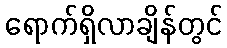
ရောက်ရှိလာချိန်တွင်